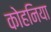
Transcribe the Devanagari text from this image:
कोहनिया